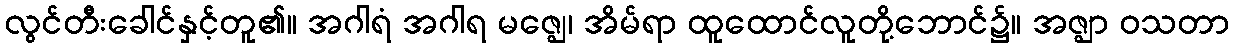
လွင်တီးခေါင်နှင့်တူ၏။ အဂါရံ အဂါရ မဇ္ဈေ၊ အိမ်ရာ ထူထောင်လူတို့ဘောင်၌။ အဇ္ဈာ ဝသတာ